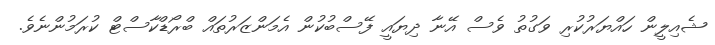
ޝެއިލީން ހައްޔަރުކުރި ވަގުތު ވެސް އޭނާ ދިޔައީ ފޭސްބުކުން އެމަންޒަރުތައް ބްރޯޑްކާސްޓް ކުރަމުންނެވެ.